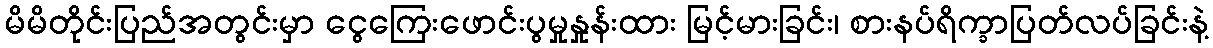
မိမိတိုင်းပြည်အတွင်းမှာ ငွေကြေးဖောင်းပွမှုနှုန်းထား မြင့်မားခြင်း၊ စားနပ်ရိက္ခာပြတ်လပ်ခြင်းနဲ့